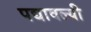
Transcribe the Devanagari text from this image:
पद्यावल्यी